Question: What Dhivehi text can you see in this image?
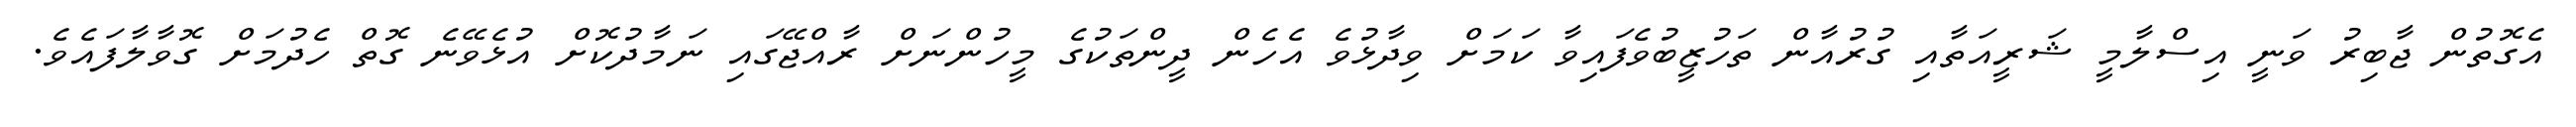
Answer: އެގޮތުން ޖާބިރު ވަނީ އިސްލާމީ ޝަރީއަތާއި ގުރުއާން ތަހުޒީބުވެފައިވާ ކަމަށް ވިދާޅުވެ އެހެން ދީންތަކުގެ މީހުންނަށް ރާއްޖޭގައި ނަމާދުކޮށް އުޅެވޭނެ ގޮތް ހެދުމަށް ގޮވާލާފައެވެ.